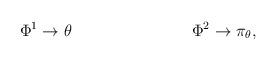
LaTeX: \begin{align*}\Phi^1 \rightarrow \theta\hspace{1.2in} \Phi^2 \rightarrow \pi_{\theta},\end{align*}